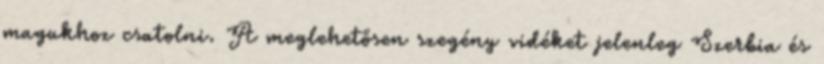
magukhoz csatolni. A meglehetősen szegény vidéket jelenleg Szerbia és